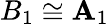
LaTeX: B_{1}\cong\mathbf{A}_{1}